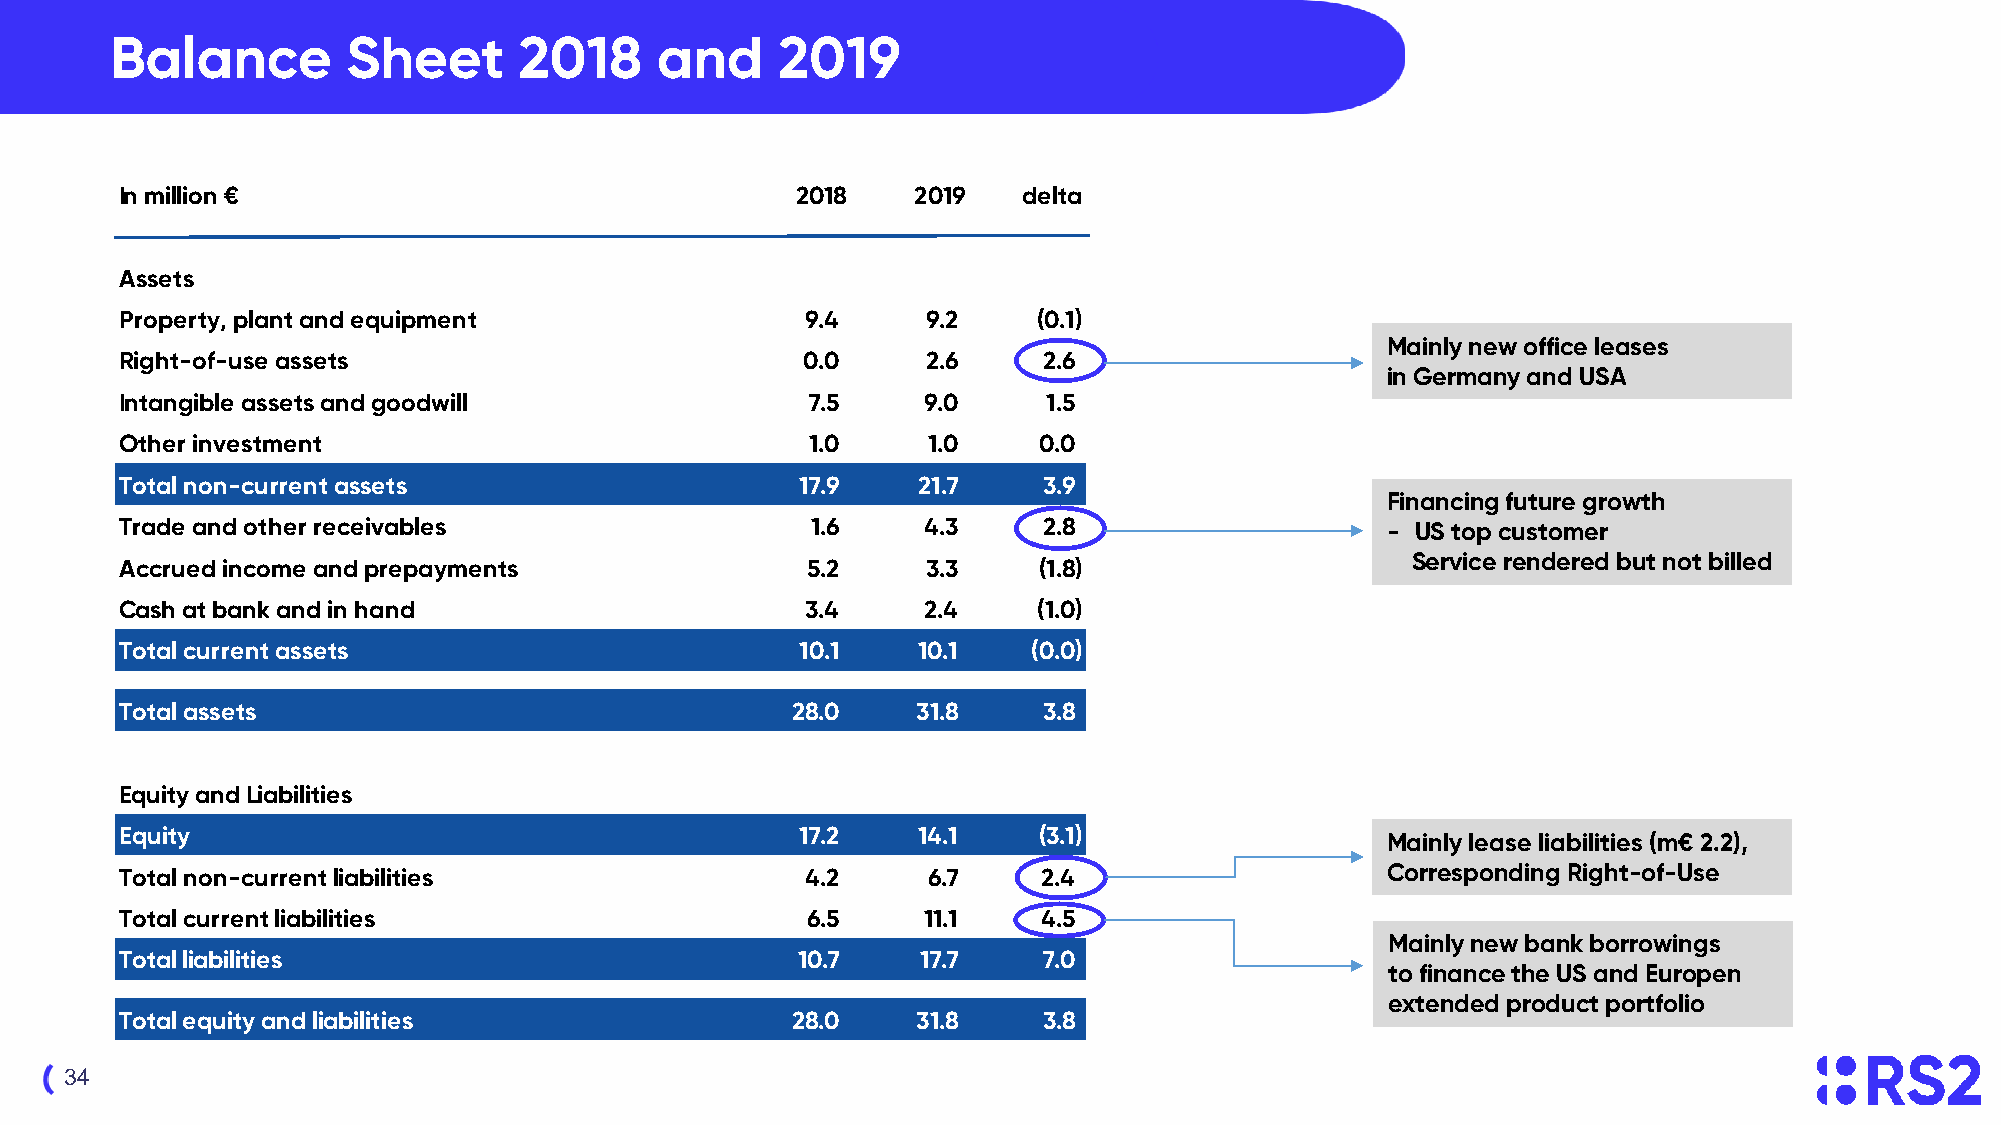
Balance         Sheet      2018     and     2019
 In million €                                 2018    2019   delta
 Assets
 Property, plant and equipment                9.4     9.2     (0.1)
 Mainly new office leases
 Right-of-use assets                          0.0     2.6     2.6
 in Germany and USA
 Intangible assets and goodwill                7.5    9.0     1.5
 Other investment                              1.0    1.0     0.0
 Total non-current assets                     17.9    21.7    3.9
 Financing future growth
 Trade and other receivables                   1.6    4.3     2.8                    - US top customer
 Service rendered but not billed
 Accrued income and prepayments               5.2     3.3     (1.8)
 Cash at bank and in hand                     3.4     2.4     (1.0)
 Total current assets                         10.1    10.1   (0.0)
 Total assets                                28.0     31.8    3.8
 Equity and Liabilities
 Equity                                       17.2    14.1    (3.1)                  Mainly lease liabilities (m€ 2.2),
 Total non-current liabilities                4.2     6.7     2.4                    Corresponding Right-of-Use
 Total current liabilities                    6.5     11.1    4.5
 Mainly new bank borrowings
 Total liabilities                            10.7    17.7    7.0
 to finance the US and Europen
 extended product portfolio
 Total equity and liabilities                28.0     31.8    3.8
 34